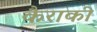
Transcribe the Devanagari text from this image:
कैराकी